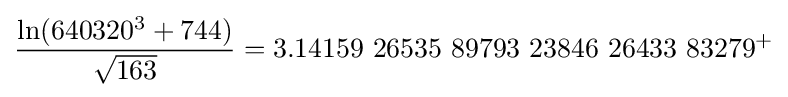
{\frac {\ln(640320^{3}+744)}{\sqrt {163}}}=3.14159\ 26535\ 89793\ 23846\ 26433\ 83279^{+}